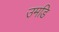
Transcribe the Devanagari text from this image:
उमडि